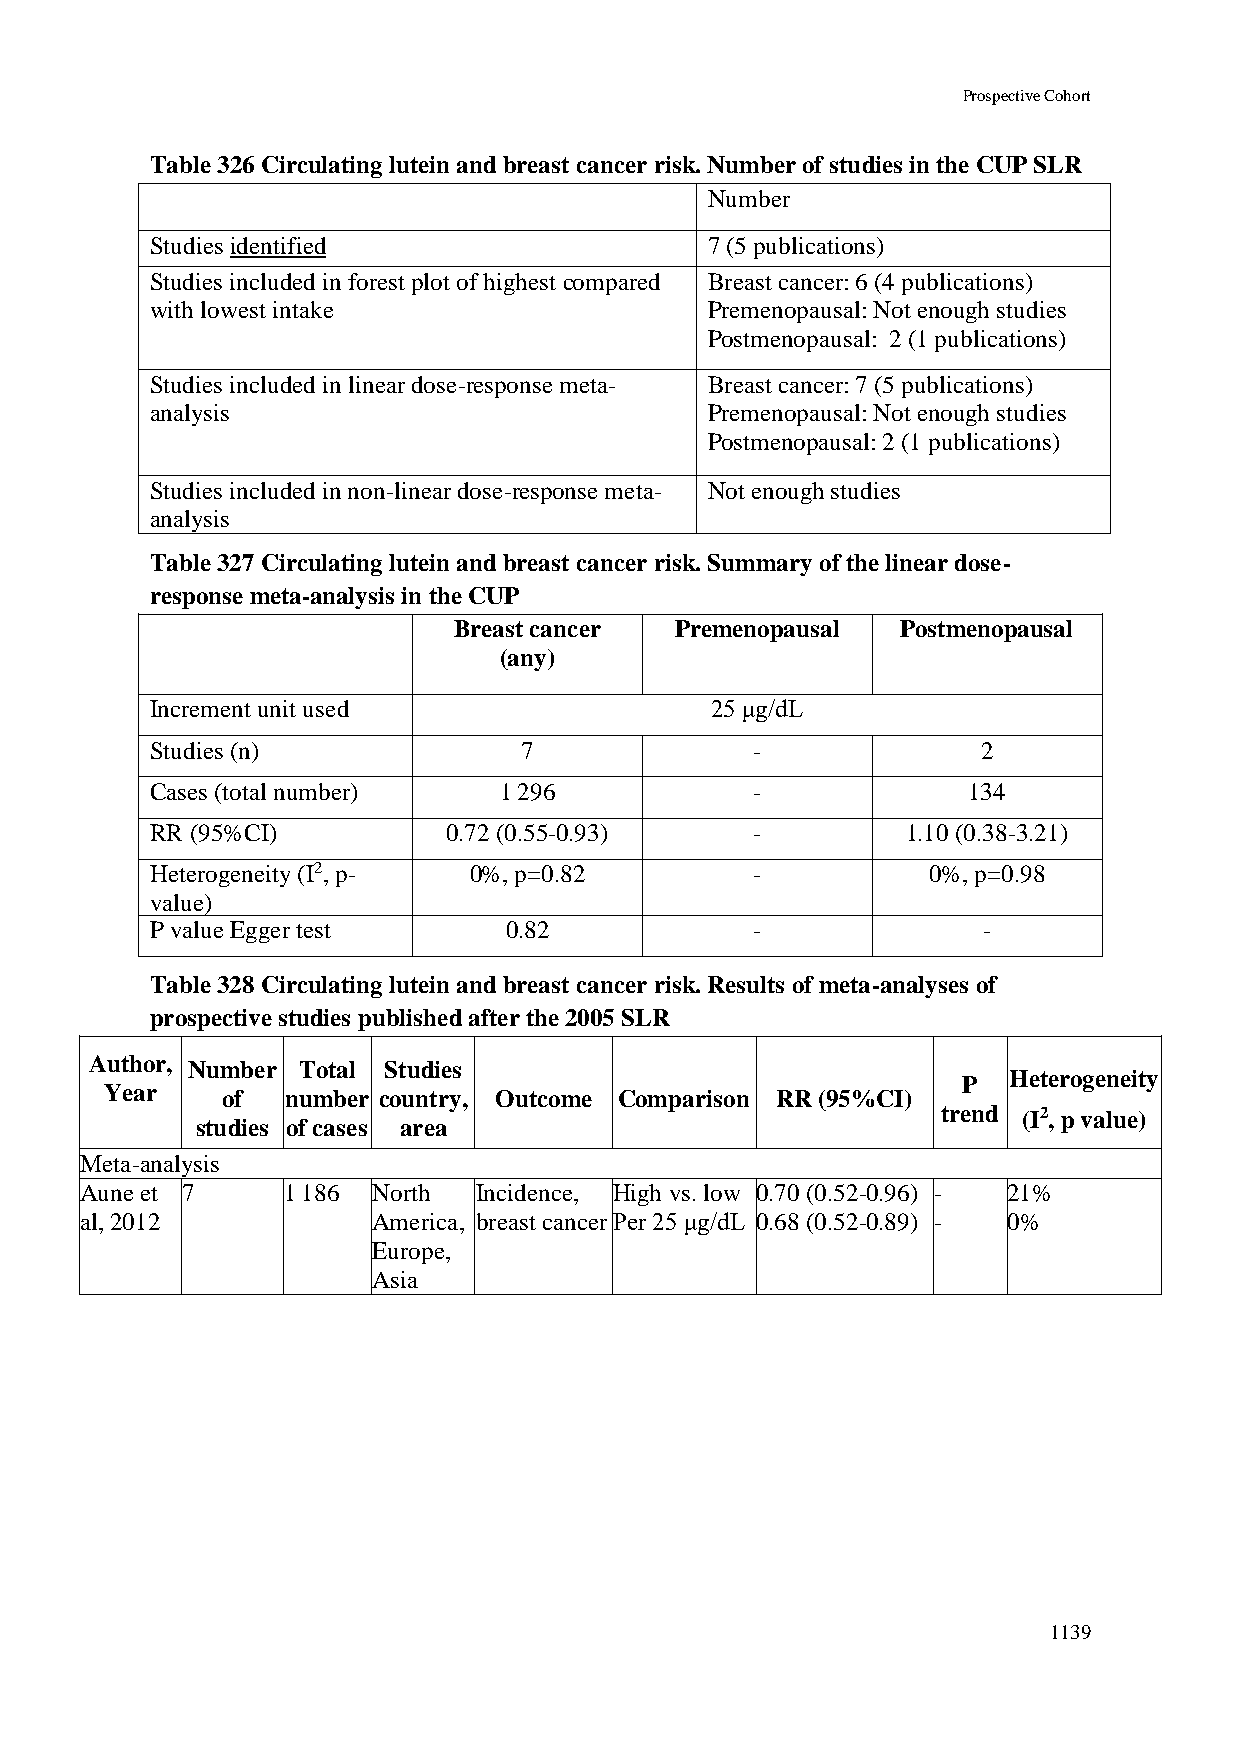
Prospective Cohort
 Table 326 Circulating lutein and breast cancer risk. Number of studies in the CUP SLR
 Number
 Studies identified                   7 (5 publications)
 Studies included in forest plot of highest compared Breast cancer: 6 (4 publications)
 with lowest intake                   Premenopausal: Not enough studies
 Postmenopausal: 2 (1 publications)
 Studies included in linear dose-response meta- Breast cancer: 7 (5 publications)
 analysis                             Premenopausal: Not enough studies
 Postmenopausal: 2 (1 publications)
 Studies included in non-linear dose-response meta- Not enough studies
 analysis
 Table 327 Circulating lutein and breast cancer risk. Summary of the linear dose-
 response meta-analysis in the CUP
 Breast cancer  Premenopausal  Postmenopausal
 (any)
 Increment unit used                  25 μg/dL
 Studies (n)             7               -              2
 Cases (total number)   1 296            -             134
 RR (95%CI)          0.72 (0.55-0.93)    -         1.10 (0.38-3.21)
 Heterogeneity (I2, p- 0%, p=0.82        -          0%, p=0.98
 value)
 P value Egger test     0.82             -              -
 Table 328 Circulating lutein and breast cancer risk. Results of meta-analyses of
 prospective studies published after the 2005 SLR
 Author, Number Total Studies
 P  Heterogeneity
 Year    of  number country, Outcome Comparison RR (95%CI)
 trend (I2, p value)
 studies of cases area
 Meta-analysis
 Aune et 7     1 186 North Incidence, High vs. low 0.70 (0.52-0.96) - 21%
 al, 2012            America, breast cancer Per 25 μg/dL 0.68 (0.52-0.89) - 0%
 Europe,
 Asia
 1139